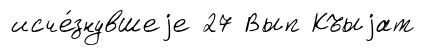
исче́знувшеjе 27 Вып Къыjат